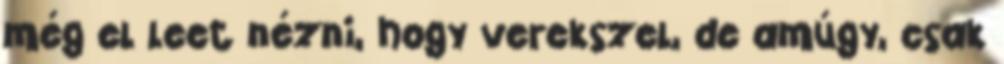
még el leet nézni, hogy verekszel, de amúgy, csak